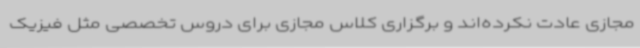
مجازی عادت نکرده‌اند و برگزاری کلاس مجازی برای دروس تخصصی مثل فیزیک